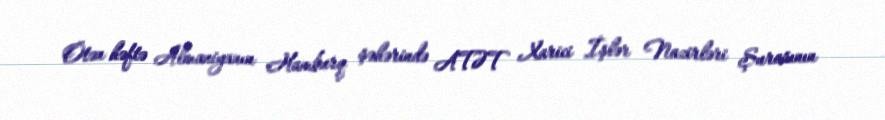
Ötən həftə Almaniyanın Hamburq şəhərində ATƏT Xarici İşlər Nazirləri Şurasının